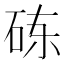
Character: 𬒃